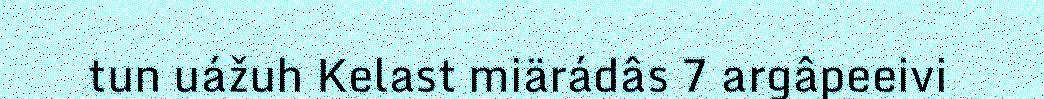
tun uážuh Kelast miärádâs 7 argâpeeivi